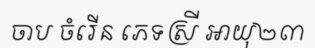
ចាប ចំរើន ភេទស្រី អាយុ២៣